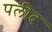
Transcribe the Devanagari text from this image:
पलीद